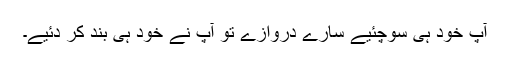
آپ خود ہی سوچئیے سارے دروازے تو آپ نے خود ہی بند کر دئیے۔